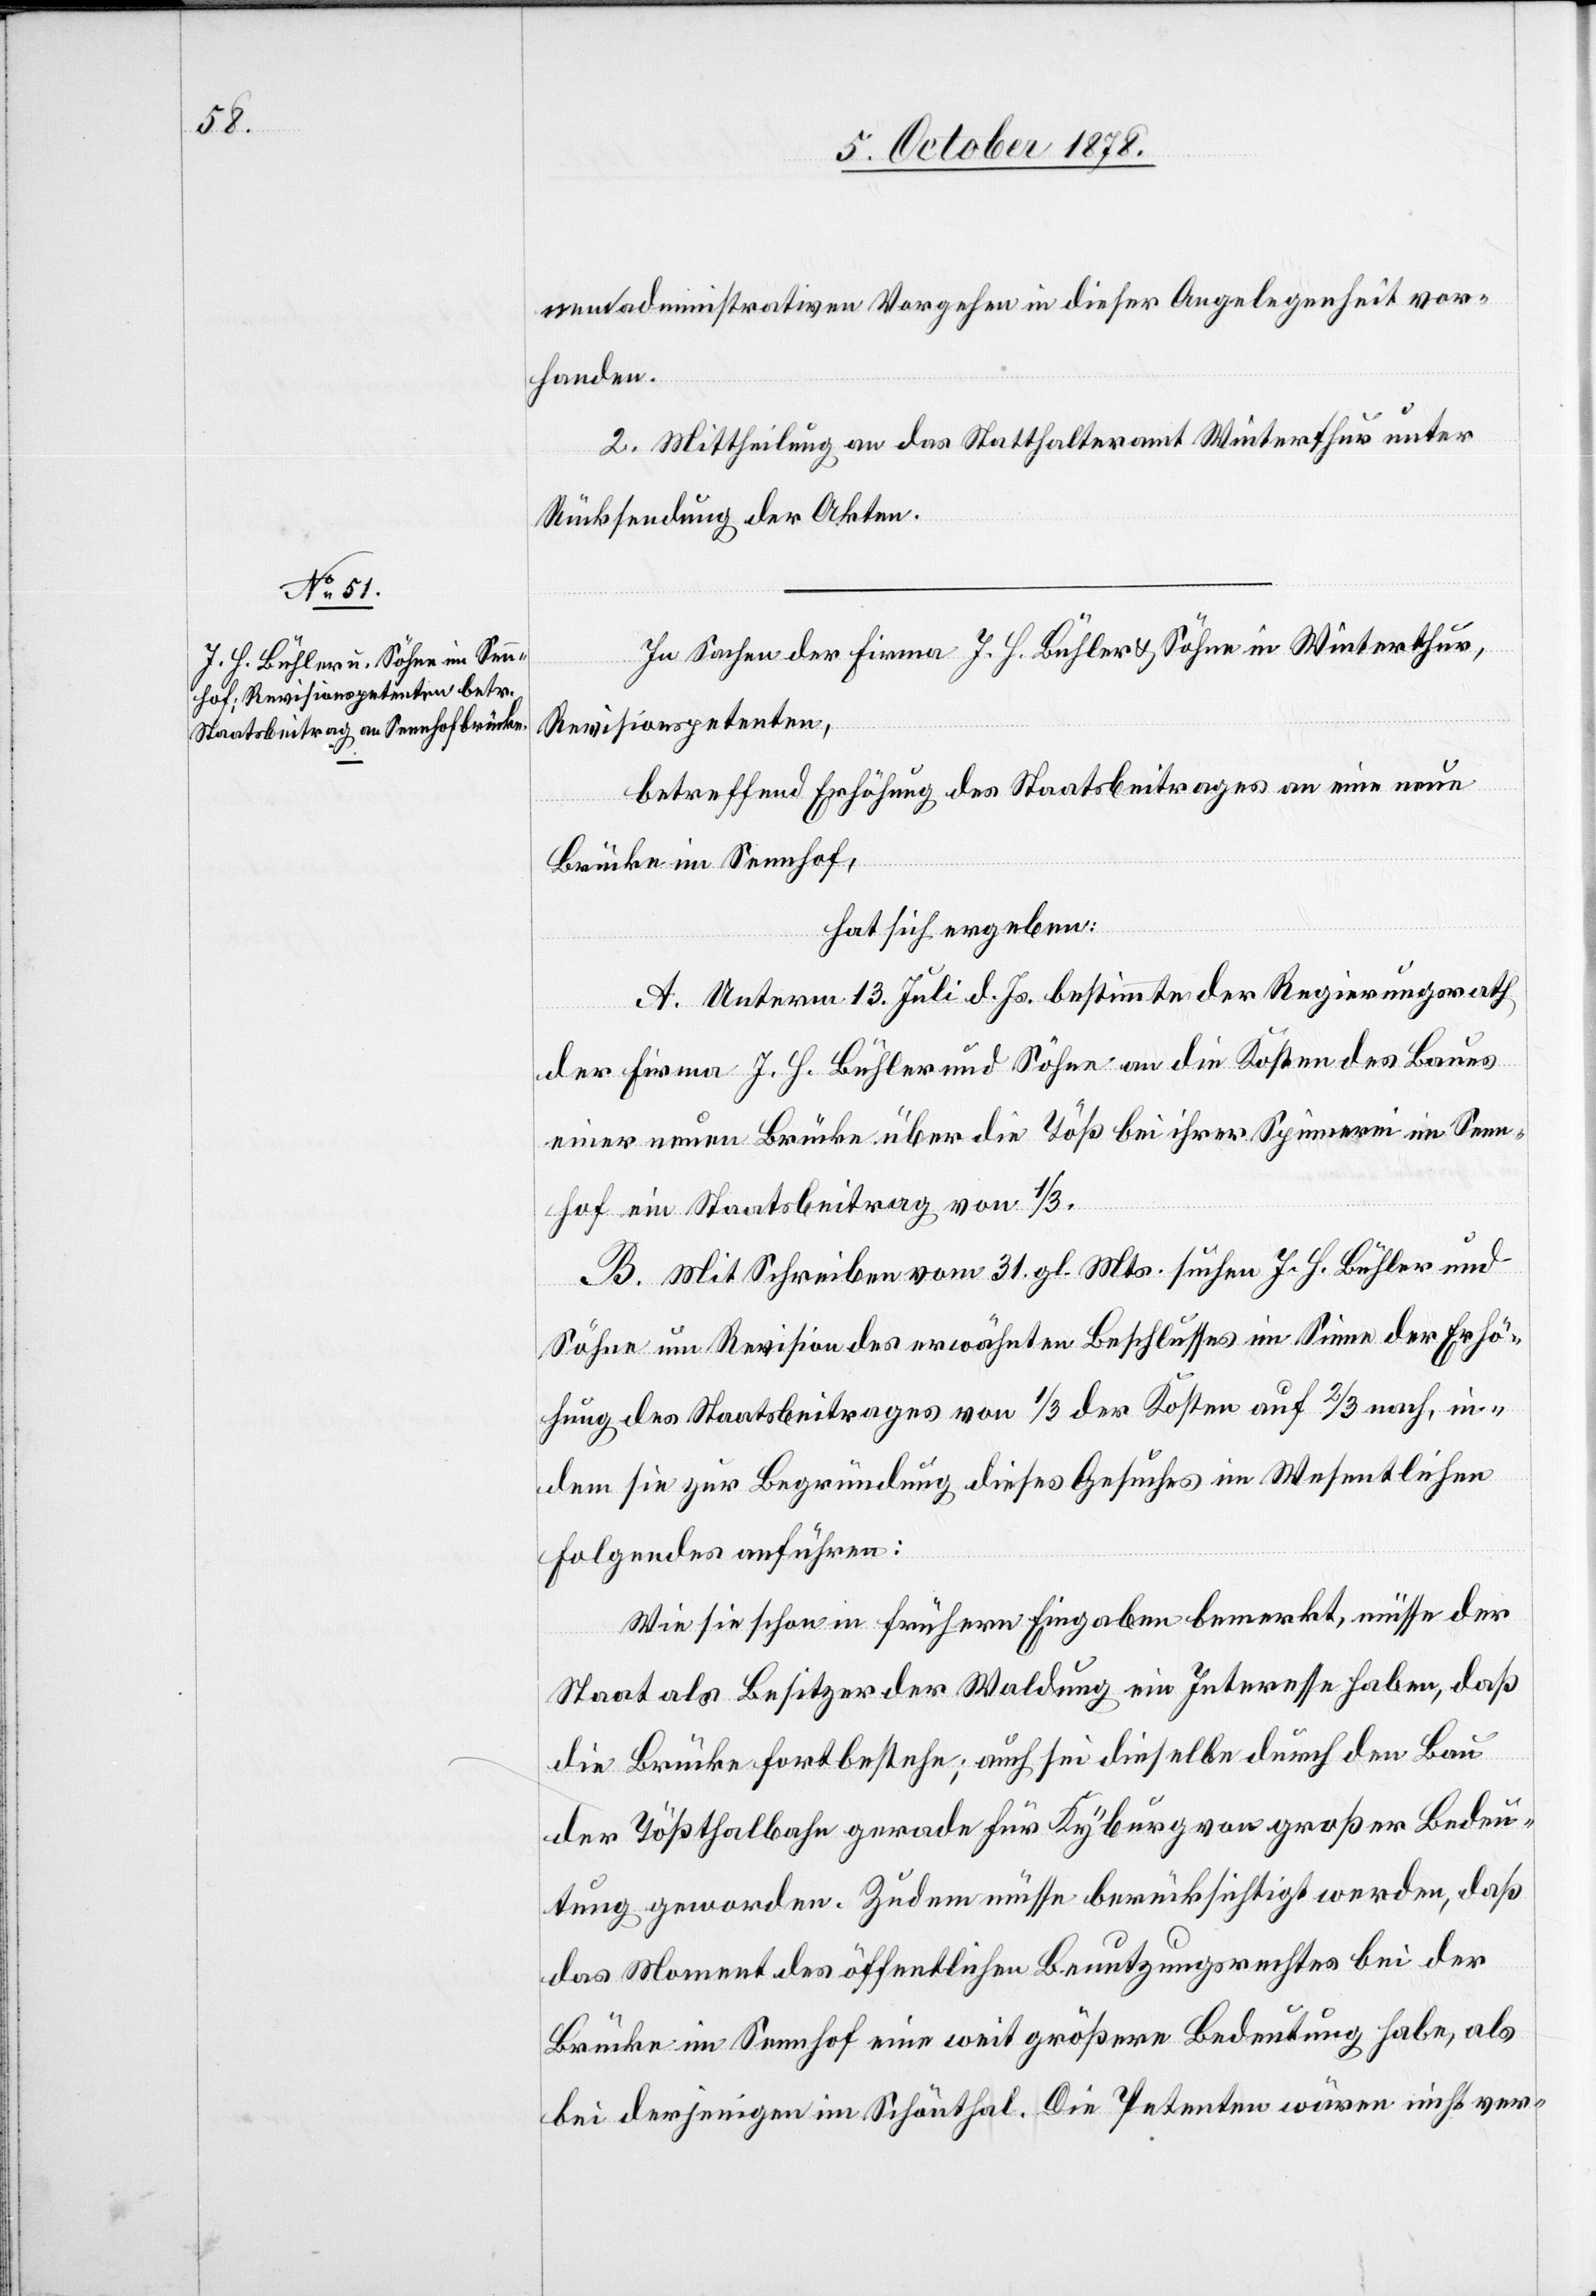
nem administrativen Vorgehen in dieser Angelegenheit vor¬
handen.
2. Mittheilung an das Statthalteramt Winterthur unter
Rücksendung der Akten.
In Sachen der Firma J. H. Bühler & Söhne in Winterthur,
Revisionspetenten,
betreffend Erhöhung des Staatsbeitrages an eine neue
Brücke im Sennhof,
hat sich ergeben:
A. Unterm 13. Juli d. Js. bestimmte der Regierungsrath
der Firma J. H. Bühler und Söhne an die Kosten des Baues
einer neuen Brücke über die Töß bei ihrer Spinnerei im Senn¬
hof einen Staatsbeitrag von 1/3.
B. Mit Schreiben vom 31. gl. Mts. suchen J. H. Bühler und
Söhne um Revision des erwähnten Beschlusses im Sinne der Erhö¬
hung des Staatsbeitrages von 1/3 der Kosten auf 2/3 nach, in¬
dem sie zur Begründung dieses Gesuches im Wesentlichen
Folgendes anführen:
Wie sie schon in frühern Eingaben bemerkt, müsse der
Staat als Besitzer der Waldung ein Interesse haben, daß
die Brücke fortbestehe; auch sei dieselbe durch den Bau
der Tößthalbahn gerade für Kyburg von großer Bedeu¬
tung geworden. Zudem müsse berücksichtig werden, daß
das Moment des öffentlichen Benutzungsrechtes bei der
Brücke im Sennhof eine weit größere Bedeutung habe, als
bei derjenigen im Schönthal. Die Petenten wären nicht ver-